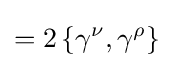
=2\left\{\gamma ^{\nu },\gamma ^{\rho }\right\}